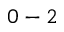
0 - 2